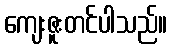
ကျေးဇူးတင်ပါသည်။